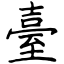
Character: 臺